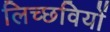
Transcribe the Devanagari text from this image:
लिच्छवियाें